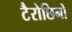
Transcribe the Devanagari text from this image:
टैरोछिनो